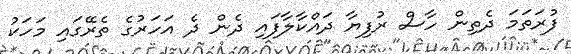
ފުރަތަމަ ދެތިން ހާސް ރުފިޔާ ދައްކާލާފައި ދެން ދެ އަހަރުގެ ތެރޭގައި މަހަކު